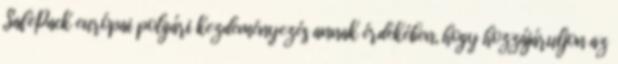
SafePack európai polgári kezdeményezés annak érdekében, hogy hozzájáruljon az